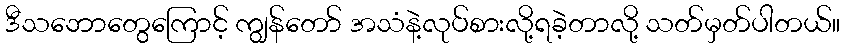
ဒီသဘောတွေကြောင့် ကျွန်တော် အသံနဲ့လုပ်စားလို့ရခဲ့တာလို့ သတ်မှတ်ပါတယ်။